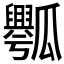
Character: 𰢡